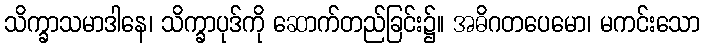
သိက္ခာသမာဒါနေ၊ သိက္ခာပုဒ်ကို ဆောက်တည်ခြင်း၌။ အဓိဂတပေမော၊ မကင်းသော